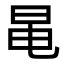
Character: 㫣